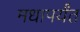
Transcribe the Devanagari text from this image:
मधापर्यंत